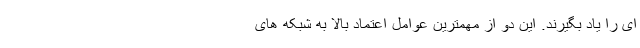
ای را یاد بگیرند. این دو از مهمترین عوامل اعتماد بالا به شبکه های